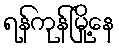
ရန်ကုန်မြို့နေ